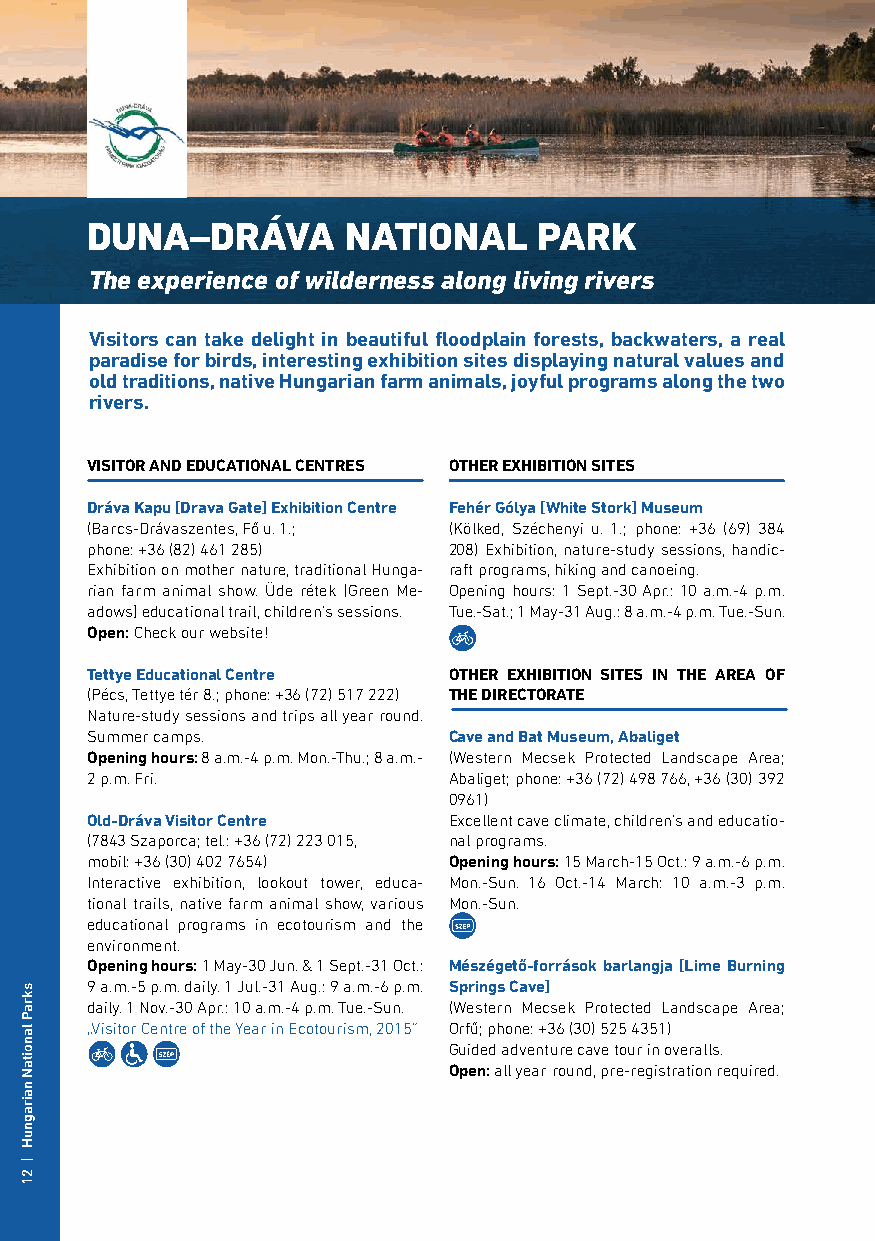
DUNA–DRÁVA       NATIONAL     PARK
 The experience of wilderness along living rivers
 Visitors can take delight in beautiful floodplain forests, backwaters, a real
 paradise for birds, interesting exhibition sites displaying natural values and
 old traditions, native Hungarian farm animals, joyful programs along the two
 rivers.
 VISITOR AND EDUCATIONAL CENTRES OTHER EXHIBITION SITES
 Dráva Kapu [Drava Gate] Exhibition Centre Fehér Gólya [White Stork] Museum
 (Barcs-Drávaszentes, Fő u. 1.; (Kölked, Széchenyi u. 1.; phone: +36 (69) 384
 phone: +36 (82) 461 285) 208) Exhibition, nature-study sessions, handic-
 Exhibition on mother nature, traditional Hunga- raft programs, hiking and canoeing.
 rian farm animal show. Üde rétek [Green Me- Opening hours: 1 Sept.-30 Apr.: 10 a.m.-4 p.m.
 adows] educational trail, children’s sessions. Tue.-Sat.; 1 May-31 Aug.: 8 a.m.-4 p.m. Tue.-Sun.
 Open: Check our website!
 Tettye Educational Centre OTHER EXHIBITION SITES IN THE AREA OF
 (Pécs, Tettye tér 8.; phone: +36 (72) 517 222) THE DIRECTORATE
 Nature-study sessions and trips all year round.
 Summer camps.           Cave and Bat Museum, Abaliget
 Opening hours: 8 a.m.-4 p.m. Mon.-Thu.; 8 a.m.- (Western Mecsek Protected Landscape Area;
 2 p.m. Fri.             Abaliget; phone: +36 (72) 498 766, +36 (30) 392
 0961)
 Old-Dráva Visitor Centre Excellent cave climate, children’s and educatio-
 (7843 Szaporca; tel.: +36 (72) 223 015, nal programs.
 mobil: +36 (30) 402 7654) Opening hours: 15 March-15 Oct.: 9 a.m.-6 p.m.
 Interactive exhibition, lookout tower, educa- Mon.-Sun. 16 Oct.-14 March: 10 a.m.-3 p.m.
 tional trails, native farm animal show, various Mon.-Sun.
 educational programs in ecotourism and the
 environment.
 Opening hours: 1 May-30 Jun. & 1 Sept.-31 Oct.: Mészégető-források barlangja [Lime Burning
 9 a.m.-5 p.m. daily. 1 Jul.-31 Aug.: 9 a.m.-6 p.m. Springs Cave]
 daily. 1 Nov.-30 Apr.: 10 a.m.-4 p.m. Tue.-Sun. (Western Mecsek Protected Landscape Area;
 „Visitor Centre of the Year in Ecotourism, 2015” Orfű; phone: +36 (30) 525 4351)
 Guided adventure cave tour in overalls.
 Open: all year round, pre-registration required.
 skraP
 lanoitaN
 nairagnuH
 |
 21